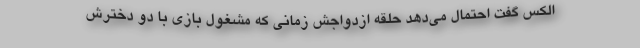
الکس گفت احتمال می‌دهد حلقه ازدواجش زمانی که مشغول بازی با دو دخترش